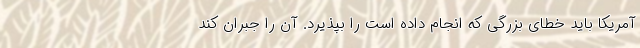
آمریکا باید خطای بزرگی که انجام داده است را بپذیرد. آن را جبران کند